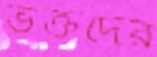
ভক্তদের